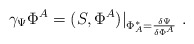
\begin{align*}\gamma _\Psi \Phi ^A=(S,\Phi ^A)|_{\Phi _A^{*}=\frac{\delta \Psi }{\delta\Phi ^A}}\hbox{ .}\end{align*}